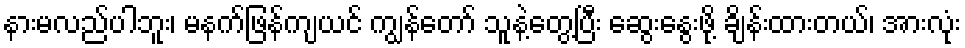
နားမလည်ပါဘူး၊ မနက်ဖြန်ကျယင် ကျွန်တော် သူနဲ့တွေ့ပြီး ဆွေးနွေးဖို့ ချိန်းထားတယ်၊ အားလုံး